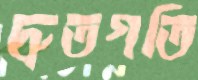
দ্রুতগতি